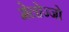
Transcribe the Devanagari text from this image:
मेलोज्जो